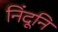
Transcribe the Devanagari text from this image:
निंदूनि